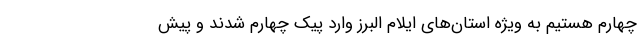
چهارم هستیم به ویژه استان‌های ایلام البرز وارد پیک چهارم شدند و پیش